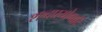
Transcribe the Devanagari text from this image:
शब्दप्रयोगादि